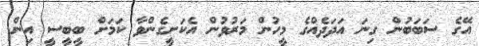
އޭގެ ސަބަބުން ގިނަ އަދަދެއްގެ މީހުން މަރުވުން އެކަށީގެންވާ ކަމަށް ބީބީސީ އިން